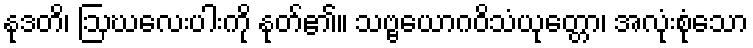
နုဒတိ၊ ဩဃလေးပါးကို နုတ်၏။ သဗ္ဗယောဂဝိသံယုတ္တော၊ အလုံးစုံသော